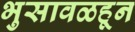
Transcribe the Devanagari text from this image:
भुसावळहून